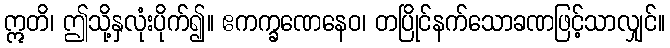
ဣတိ၊ ဤသို့နှလုံးပိုက်၍။ ဧကက္ခဏေနေဝ၊ တပြိုင်နက်သောခဏဖြင့်သာလျှင်။